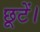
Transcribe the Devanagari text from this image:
छूटें।